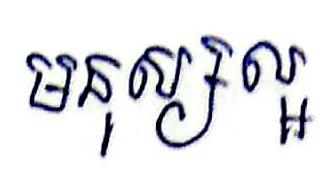
មនុស្សល្អ